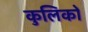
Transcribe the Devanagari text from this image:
कुलिकों